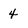
Character: 4